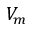
V _ { m }